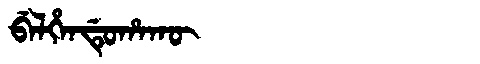
Manchu: ᠪᡝᠯᡥᡝᠨᡩᡠᡥᠠᡴᡡ
Romanization: BELHENDUHAKŪ